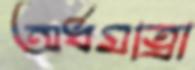
অর্ধমাত্রা